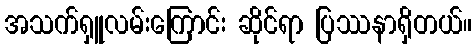
အသက်ရှူလမ်းကြောင်း ဆိုင်ရာ ပြဿနာရှိတယ်။